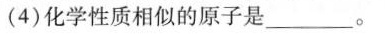
(4)化学性质相似的原子是_______。